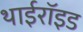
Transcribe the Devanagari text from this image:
थाईरॉइड